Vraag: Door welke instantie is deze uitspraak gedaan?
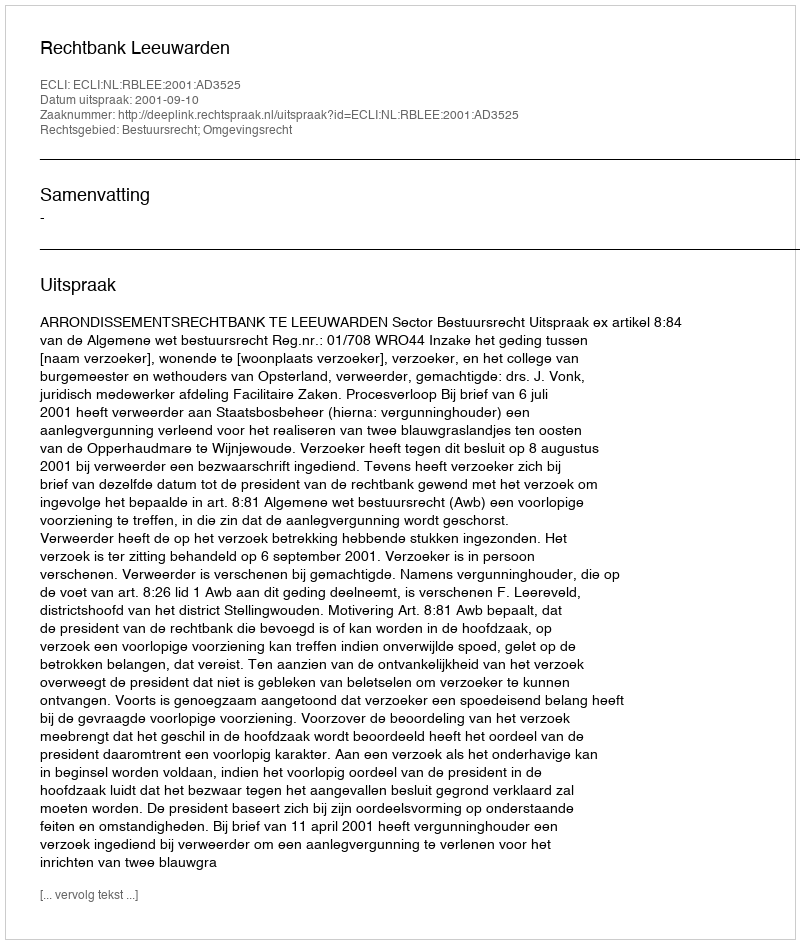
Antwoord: Rechtbank Leeuwarden